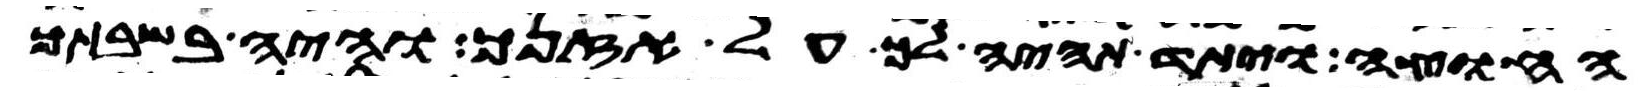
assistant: החוצה ויתד תהיה לך על אזנך והיה בשבתך